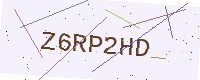
Text: Z6RP2HD